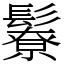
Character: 𩯊